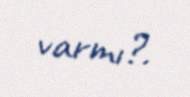
varmı?.